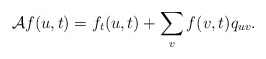
\begin{align*}\mathcal A f(u,t)=f_t(u,t)+\sum_{v}f(v,t)q_{uv}.\end{align*}